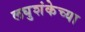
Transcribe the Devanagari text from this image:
लघुशंकेच्या